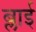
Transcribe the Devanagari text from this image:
ब्लाई